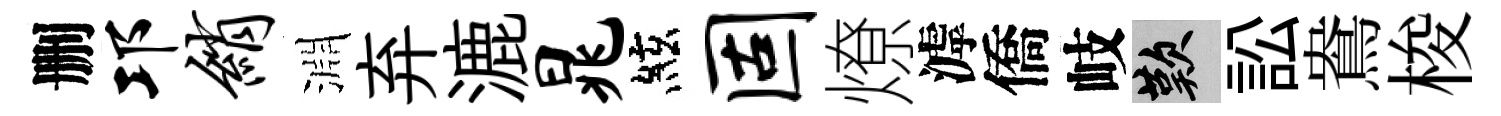
删邛绡淵弃漉晁絃固燎滹僑岐嘆訟鴦梭